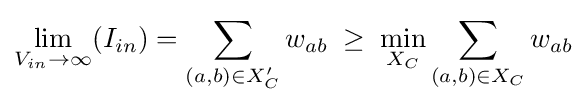
\lim _{V_{in}\rightarrow \infty }(I_{in})=\sum _{(a,b)\in X'_{C}}w_{ab}\;\geq \;\min _{X_{C}}\sum _{(a,b)\in X_{C}}w_{ab}